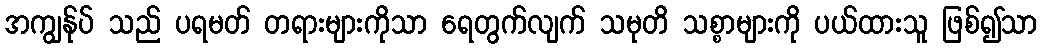
အကျွန်ုပ် သည် ပရမတ် တရားများကိုသာ ရေတွက်လျက် သမုတိ သစ္စာများကို ပယ်ထားသူ ဖြစ်၍သာ